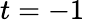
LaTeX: t=-1